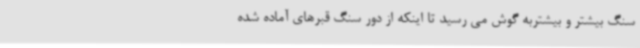
سنگ بیشتر و بیشتربه گوش می رسید تا اینکه از دور سنگ قبرهای آماده شده